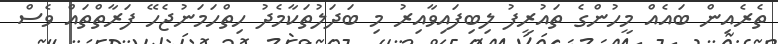
ތެރެއިން ބައެއް މީހުންގެ ތައުރީފު ލިބިފައިވާއިރު މި ބަދަލުތަކާމެދު ހިތްހަމަނުޖެހޭ ފަރާތްތައް ވެސް